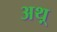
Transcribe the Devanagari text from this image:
अथ़्